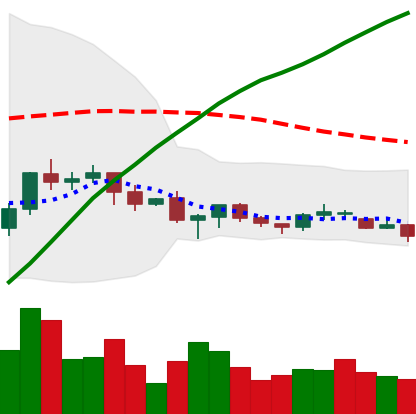
Ticker: XRP-USD
Chart end date: 2021-06-18
Forward return: -21.452%
Label: down_7plus